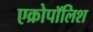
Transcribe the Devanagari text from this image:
एक्रोपॉलिश